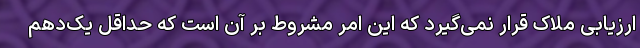
ارزیابی ملاک قرار نمی‌گیرد که این امر مشروط بر آن است که حداقل یک‌دهم